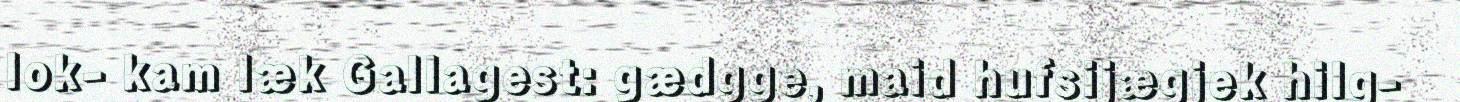
lok- kam læk Gallagest: gædgge, maid hufsijægjek hilg-